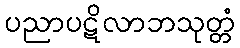
ပညာပဋိလာဘသုတ္တံ